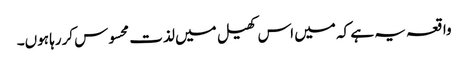
واقعہ یہ ہے کہ میں اس کھیل میں لذت محسوس کررہا ہوں۔